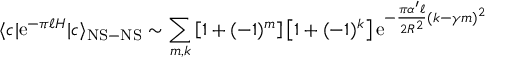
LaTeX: \langle c | \mathrm { e } ^ { - \pi \ell H } | c \rangle _ { \mathrm { N S - N S } } \sim \sum _ { m , k } \left[ 1 + ( - 1 ) ^ { m } \right] \left[ 1 + ( - 1 ) ^ { k } \right] \mathrm { e } ^ { - { \frac { \pi \alpha ^ { \prime } \ell } { 2 R ^ { 2 } } } ( k - \gamma m ) ^ { 2 } }